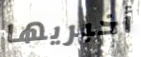
أخبريها